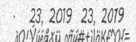
.   23